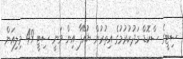
ސިޓީގެ ސްކޮޑް މަދުކުރުމުގެ އިތުރުން ޔުއޭފާ އިން ވަނީ ސިޓީ 49 މިލިއަން